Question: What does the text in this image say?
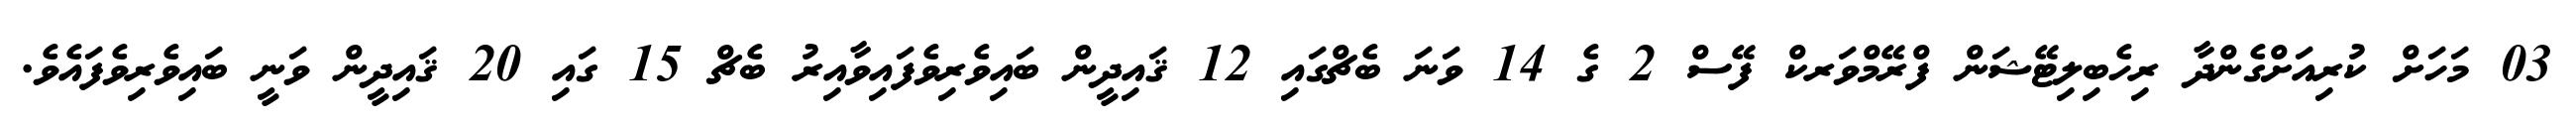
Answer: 03 މަހަށް ކުރިއަށްގެންދާ ރިހެބިލިޓޭޝަން ފްރޭމްވަރކް ފޭސް 2 ގެ 14 ވަނަ ބެޗްގައި 12 ޤައިދީން ބައިވެރިވެފައިވާއިރު ބެޗް 15 ގައި 20 ޤައިދީން ވަނީ ބައިވެރިވެފައެވެ.